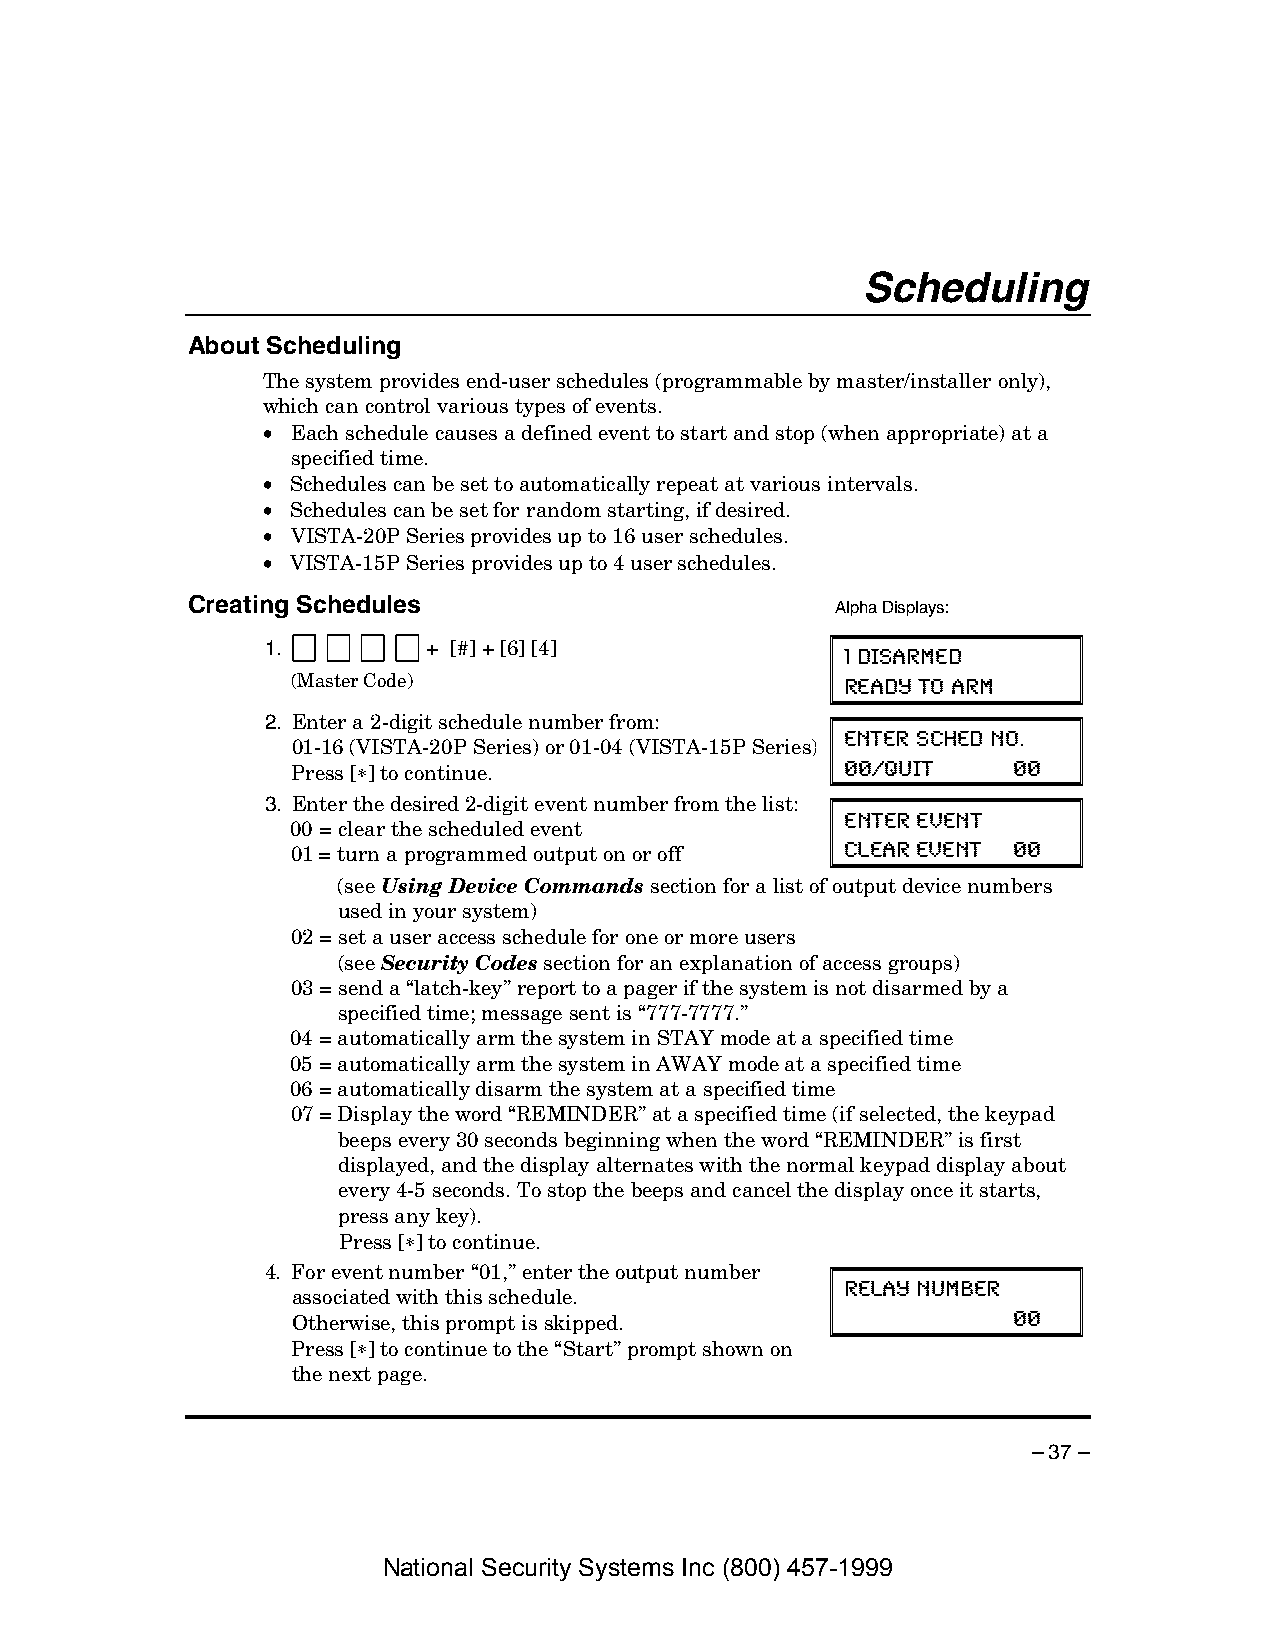
Scheduling
 About Scheduling
 The system provides end-user schedules (programmable by master/installer only),
 which can control various types of events.
 • Each schedule causes a defined event to start and stop (when appropriate) at a
 specified time.
 • Schedules can be set to automatically repeat at various intervals.
 • Schedules can be set for random starting, if desired.
 • VISTA-20P Series provides up to 16 user schedules.
 • VISTA-15P Series provides up to 4 user schedules.
 Creating Schedules
 Alpha Displays:
 1.        + [#] + [6] [4]
 1 DISARMED
 (Master Code)
 READY TO ARM
 2. Enter a 2-digit schedule number from:
 01-16 (VISTA-20P Series) or 01-04 (VISTA-15P Series) ENTER SCHED NO.
 Press [∗] to continue.               00=QUIT    00
 3. Enter the desired 2-digit event number from the list:
 00 = clear the scheduled event       ENTER EVENT
 01 = turn a programmed output on or off CLEAR EVENT 00
 (see Using Device Commands section for a list of output device numbers
 used in your system)
 02 = set a user access schedule for one or more users
 (see Security Codes section for an explanation of access groups)
 03 = send a “latch-key” report to a pager if the system is not disarmed by a
 specified time; message sent is “777-7777.”
 04 = automatically arm the system in STAY mode at a specified time
 05 = automatically arm the system in AWAY mode at a specified time
 06 = automatically disarm the system at a specified time
 07 = Display the word “REMINDER” at a specified time (if selected, the keypad
 beeps every 30 seconds beginning when the word “REMINDER” is first
 displayed, and the display alternates with the normal keypad display about
 every 4-5 seconds. To stop the beeps and cancel the display once it starts,
 press any key).
 Press [∗] to continue.
 4. For event number “01,” enter the output number
 associated with this schedule.       RELAY NUMBER
 Otherwise, this prompt is skipped.              00
 Press [∗] to continue to the “Start” prompt shown on
 the next page.
 – 37 –
 National Security Systems Inc (800) 457-1999